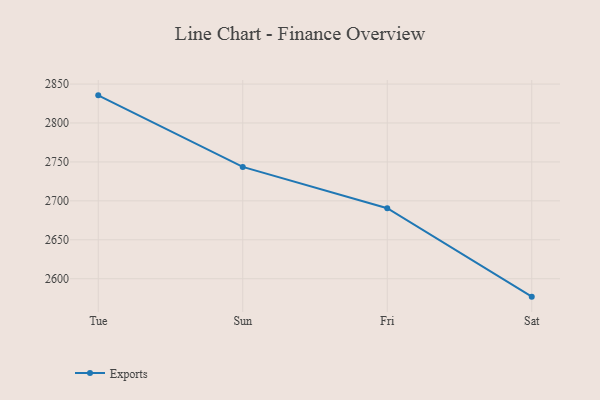
{"axis": {"x": "Day", "y": "Net Income (USD K)"}, "legend": ["Exports"], "data": [{"x": "Tue", "y": 2835.5, "type": "Exports"}, {"x": "Sun", "y": 2743.6, "type": "Exports"}, {"x": "Fri", "y": 2690.6, "type": "Exports"}, {"x": "Sat", "y": 2577.0, "type": "Exports"}]}